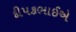
દીપકભાઈએ